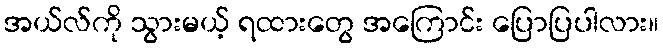
အယ်လ်ကို သွားမယ့် ရထားတွေ အကြောင်း ပြောပြပါလား။